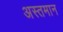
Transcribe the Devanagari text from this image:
अस्तमान